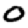
Digit: 0